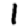
Digit: 1